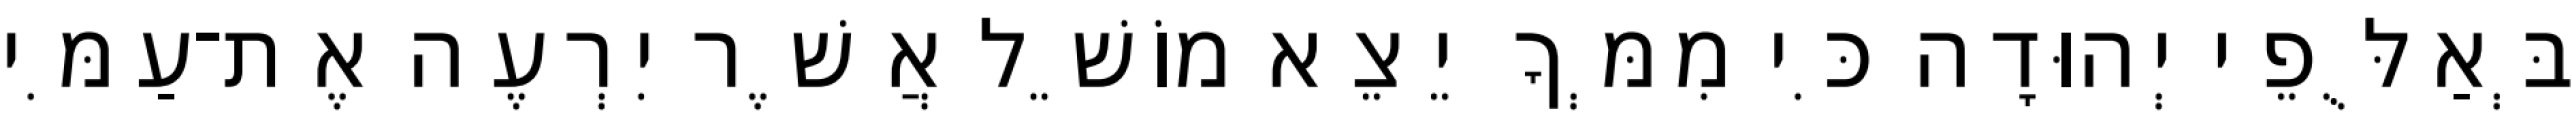
בְּאַלֻּפֵי יְהוּדָה כִּי מִמְּךָ יֵצֵא מוֹשֵׁל אֲשֶׁר יִרְעֶה אֶת־עַמִּי